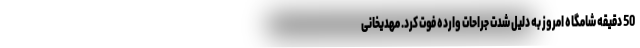
50 دقیقه شامگاه امروز به دلیل شدت جراحات وارده فوت کرد. مهدیخانی